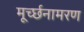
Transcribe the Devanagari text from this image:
मूर्च्छनामरण